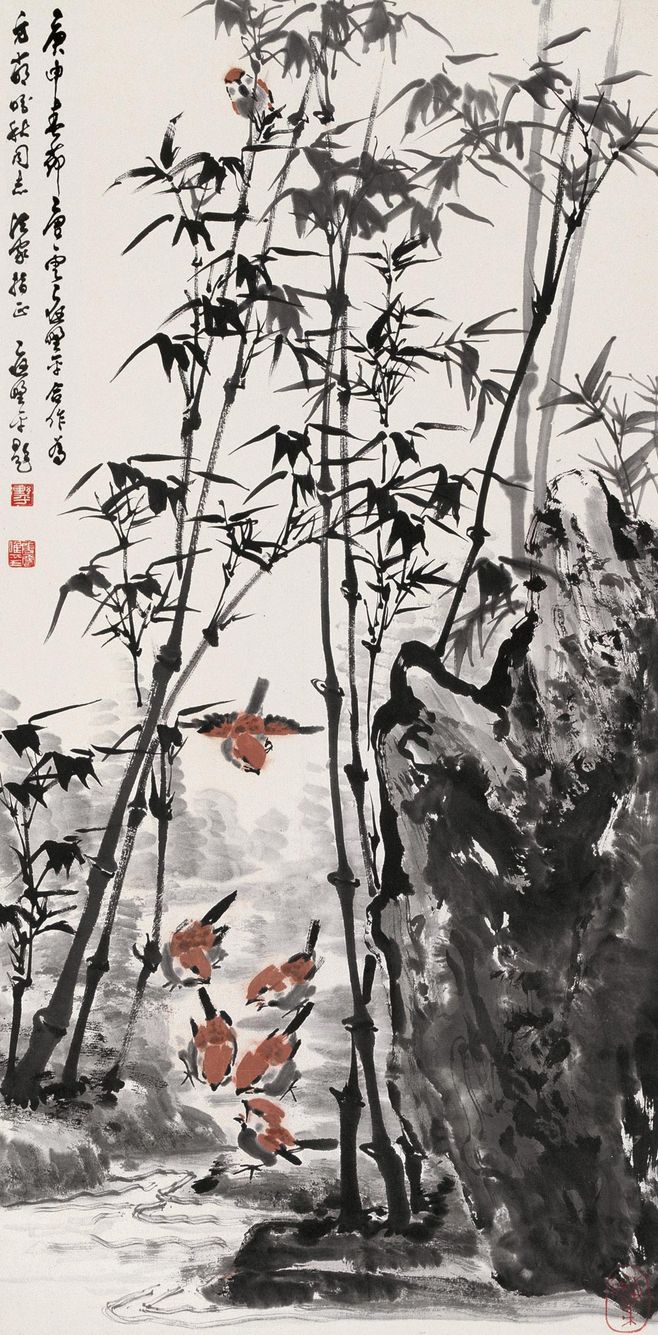
坐荫从容烦暑退，清心恍惚微香触。